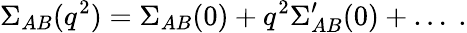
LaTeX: \Sigma_{AB}(q^{2})=\Sigma_{AB}(0)+q^{2}\Sigma_{AB}^{\prime}(0)+\ldots~.